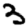
Digit: 3